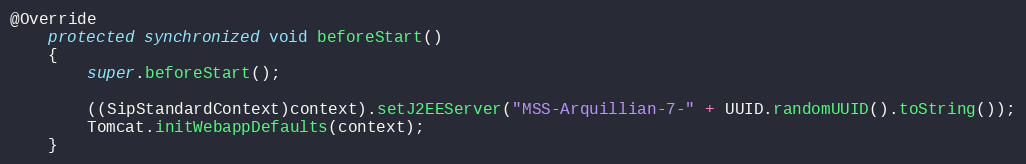
Language: Java
@Override
	protected synchronized void beforeStart()
	{
		super.beforeStart();

		((SipStandardContext)context).setJ2EEServer("MSS-Arquillian-7-" + UUID.randomUUID().toString());
		Tomcat.initWebappDefaults(context);
	}